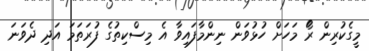
މީގެކުރިން ރޯަ މަހަށް ހުޅުވަން ނިންމާފައިވާ އެ މިސްކިތުގެ ފުރަތަމަ އަދި ދެވަނަ